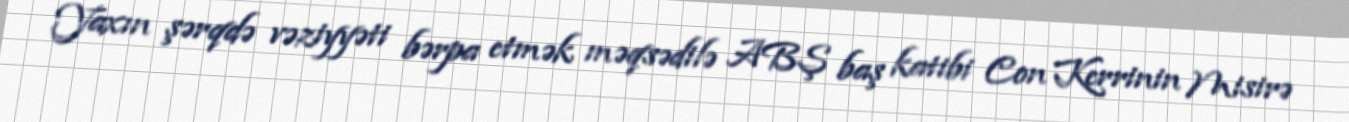
Yaxın şərqdə vəziyyəti bərpa etmək məqsədilə ABŞ baş katibi Con Kerrinin Misirə